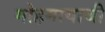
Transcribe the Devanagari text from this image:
मोहमायाथी